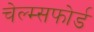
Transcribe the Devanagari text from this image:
चेल्म्सफोर्ड